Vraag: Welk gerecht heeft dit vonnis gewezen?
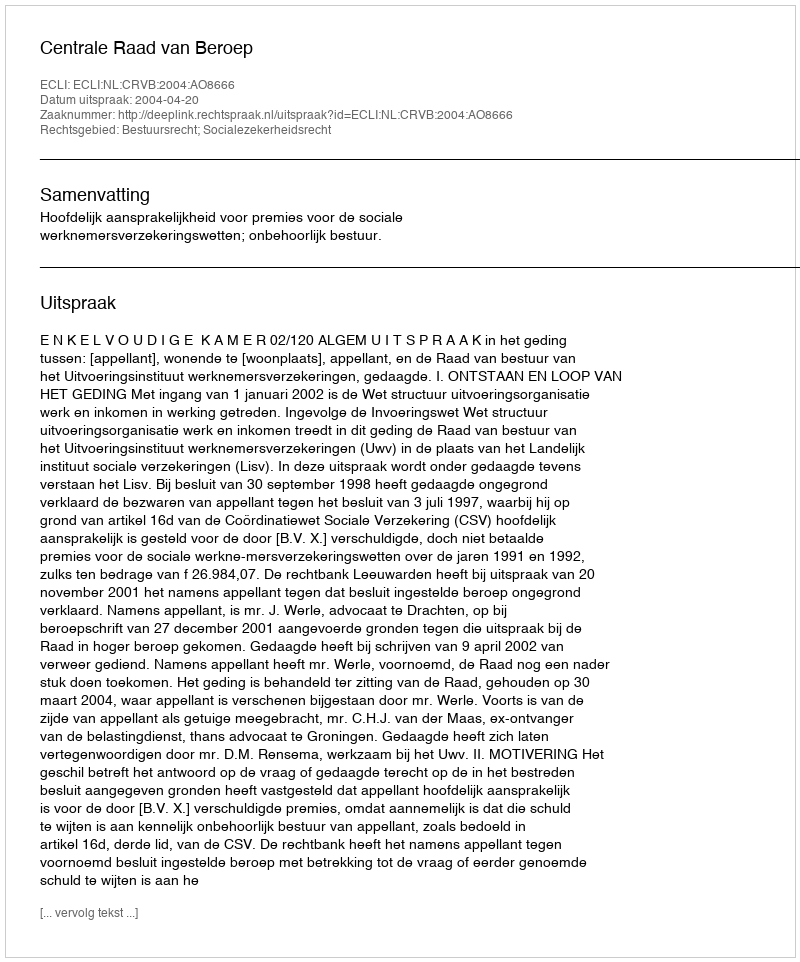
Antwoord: Centrale Raad van Beroep